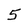
Character: 5